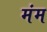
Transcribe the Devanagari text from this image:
मंम